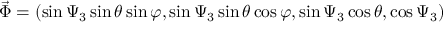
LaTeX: { \vec { \Phi } } = ( \sin \Psi _ { 3 } \sin \theta \sin \varphi , \sin \Psi _ { 3 } \sin \theta \cos \varphi , \sin \Psi _ { 3 } \cos \theta , \cos \Psi _ { 3 } )